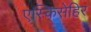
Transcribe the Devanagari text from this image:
एस्किसेहिर